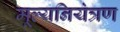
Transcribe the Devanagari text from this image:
मूल्यनियंत्रण